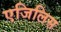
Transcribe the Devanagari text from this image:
एजिलिस